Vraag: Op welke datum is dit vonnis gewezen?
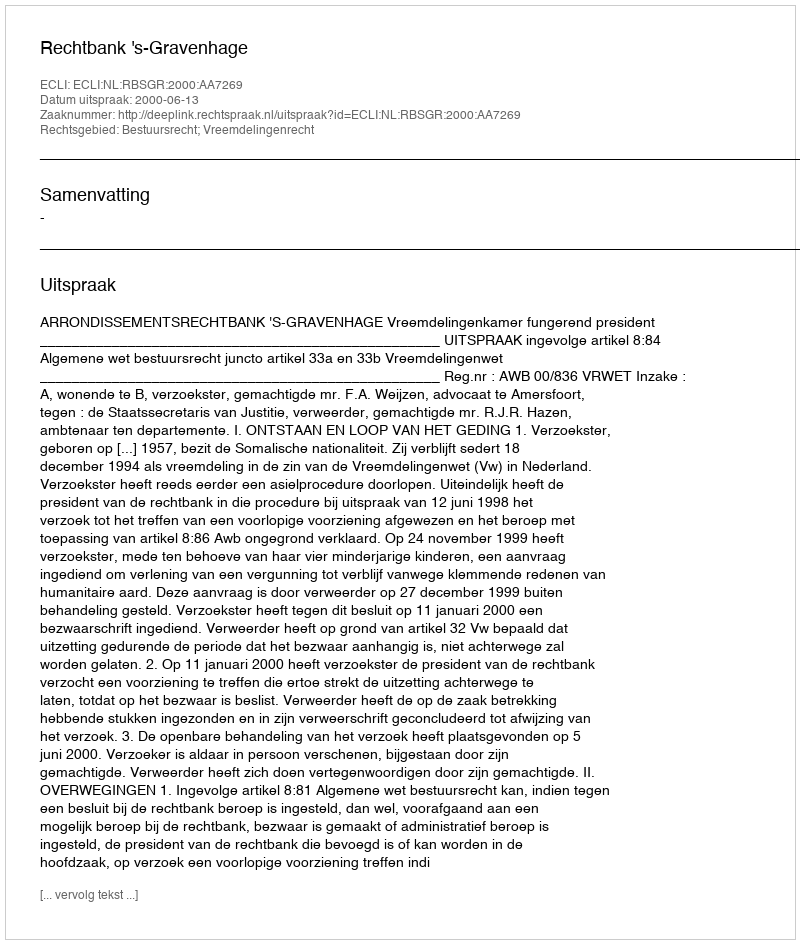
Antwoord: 2000-06-13